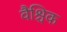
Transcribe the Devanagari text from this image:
वैश्चिक